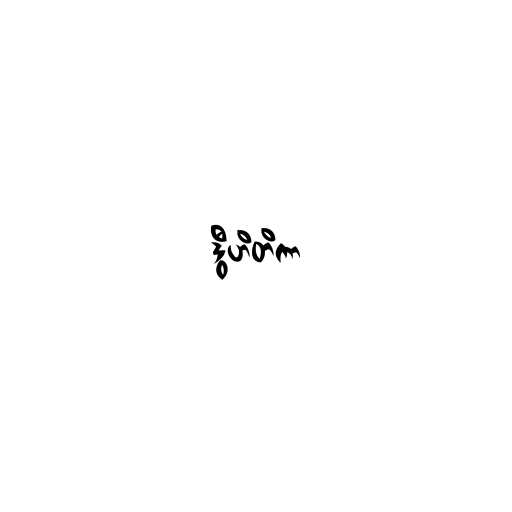
ဒွီဟိတိကာ